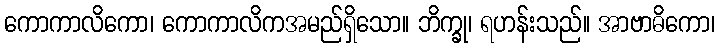
ကောကာလိကော၊ ကောကာလိကအမည်ရှိသော။ ဘိက္ခု၊ ရဟန်းသည်။ အာဗာဓိကော၊